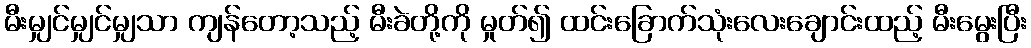
မီးမျှင်မျှင်မျှသာ ကျန်တော့သည့် မီးခဲတို့ကို မှုတ်၍ ထင်းခြောက်သုံးလေးချောင်းထည့် မီးမွေးပြီး